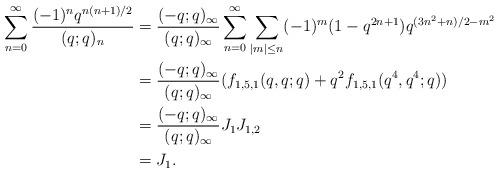
LaTeX: \begin{align*}\sum_{n=0}^\infty \frac{(-1)^nq^{n(n+1)/2}}{(q;q)_n}&=\frac{(-q;q)_\infty}{(q;q)_{\infty}}\sum_{n=0}^{\infty}\sum_{|m|\leq n} (-1)^{m}(1-q^{2n+1})q^{(3n^2+n)/2-m^2}\\&= \frac{(-q;q)_\infty}{(q;q)_{\infty}}(f_{1,5,1}(q,q;q)+q^2f_{1,5,1}(q^4,q^4;q))\\&=\frac{(-q;q)_\infty}{(q;q)_{\infty}}J_1J_{1,2}\\&=J_1.\end{align*}